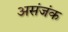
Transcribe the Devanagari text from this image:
असंजंक